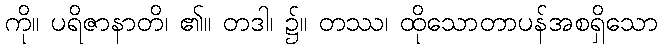
ကို။ ပရိဇာနာတိ၊ ၏။ တဒါ၊ ၌။ တဿ၊ ထိုသောတာပန်အစရှိသော